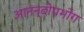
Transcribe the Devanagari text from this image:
आनन्दोपभोग